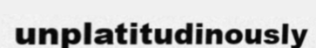
unplatitudinously